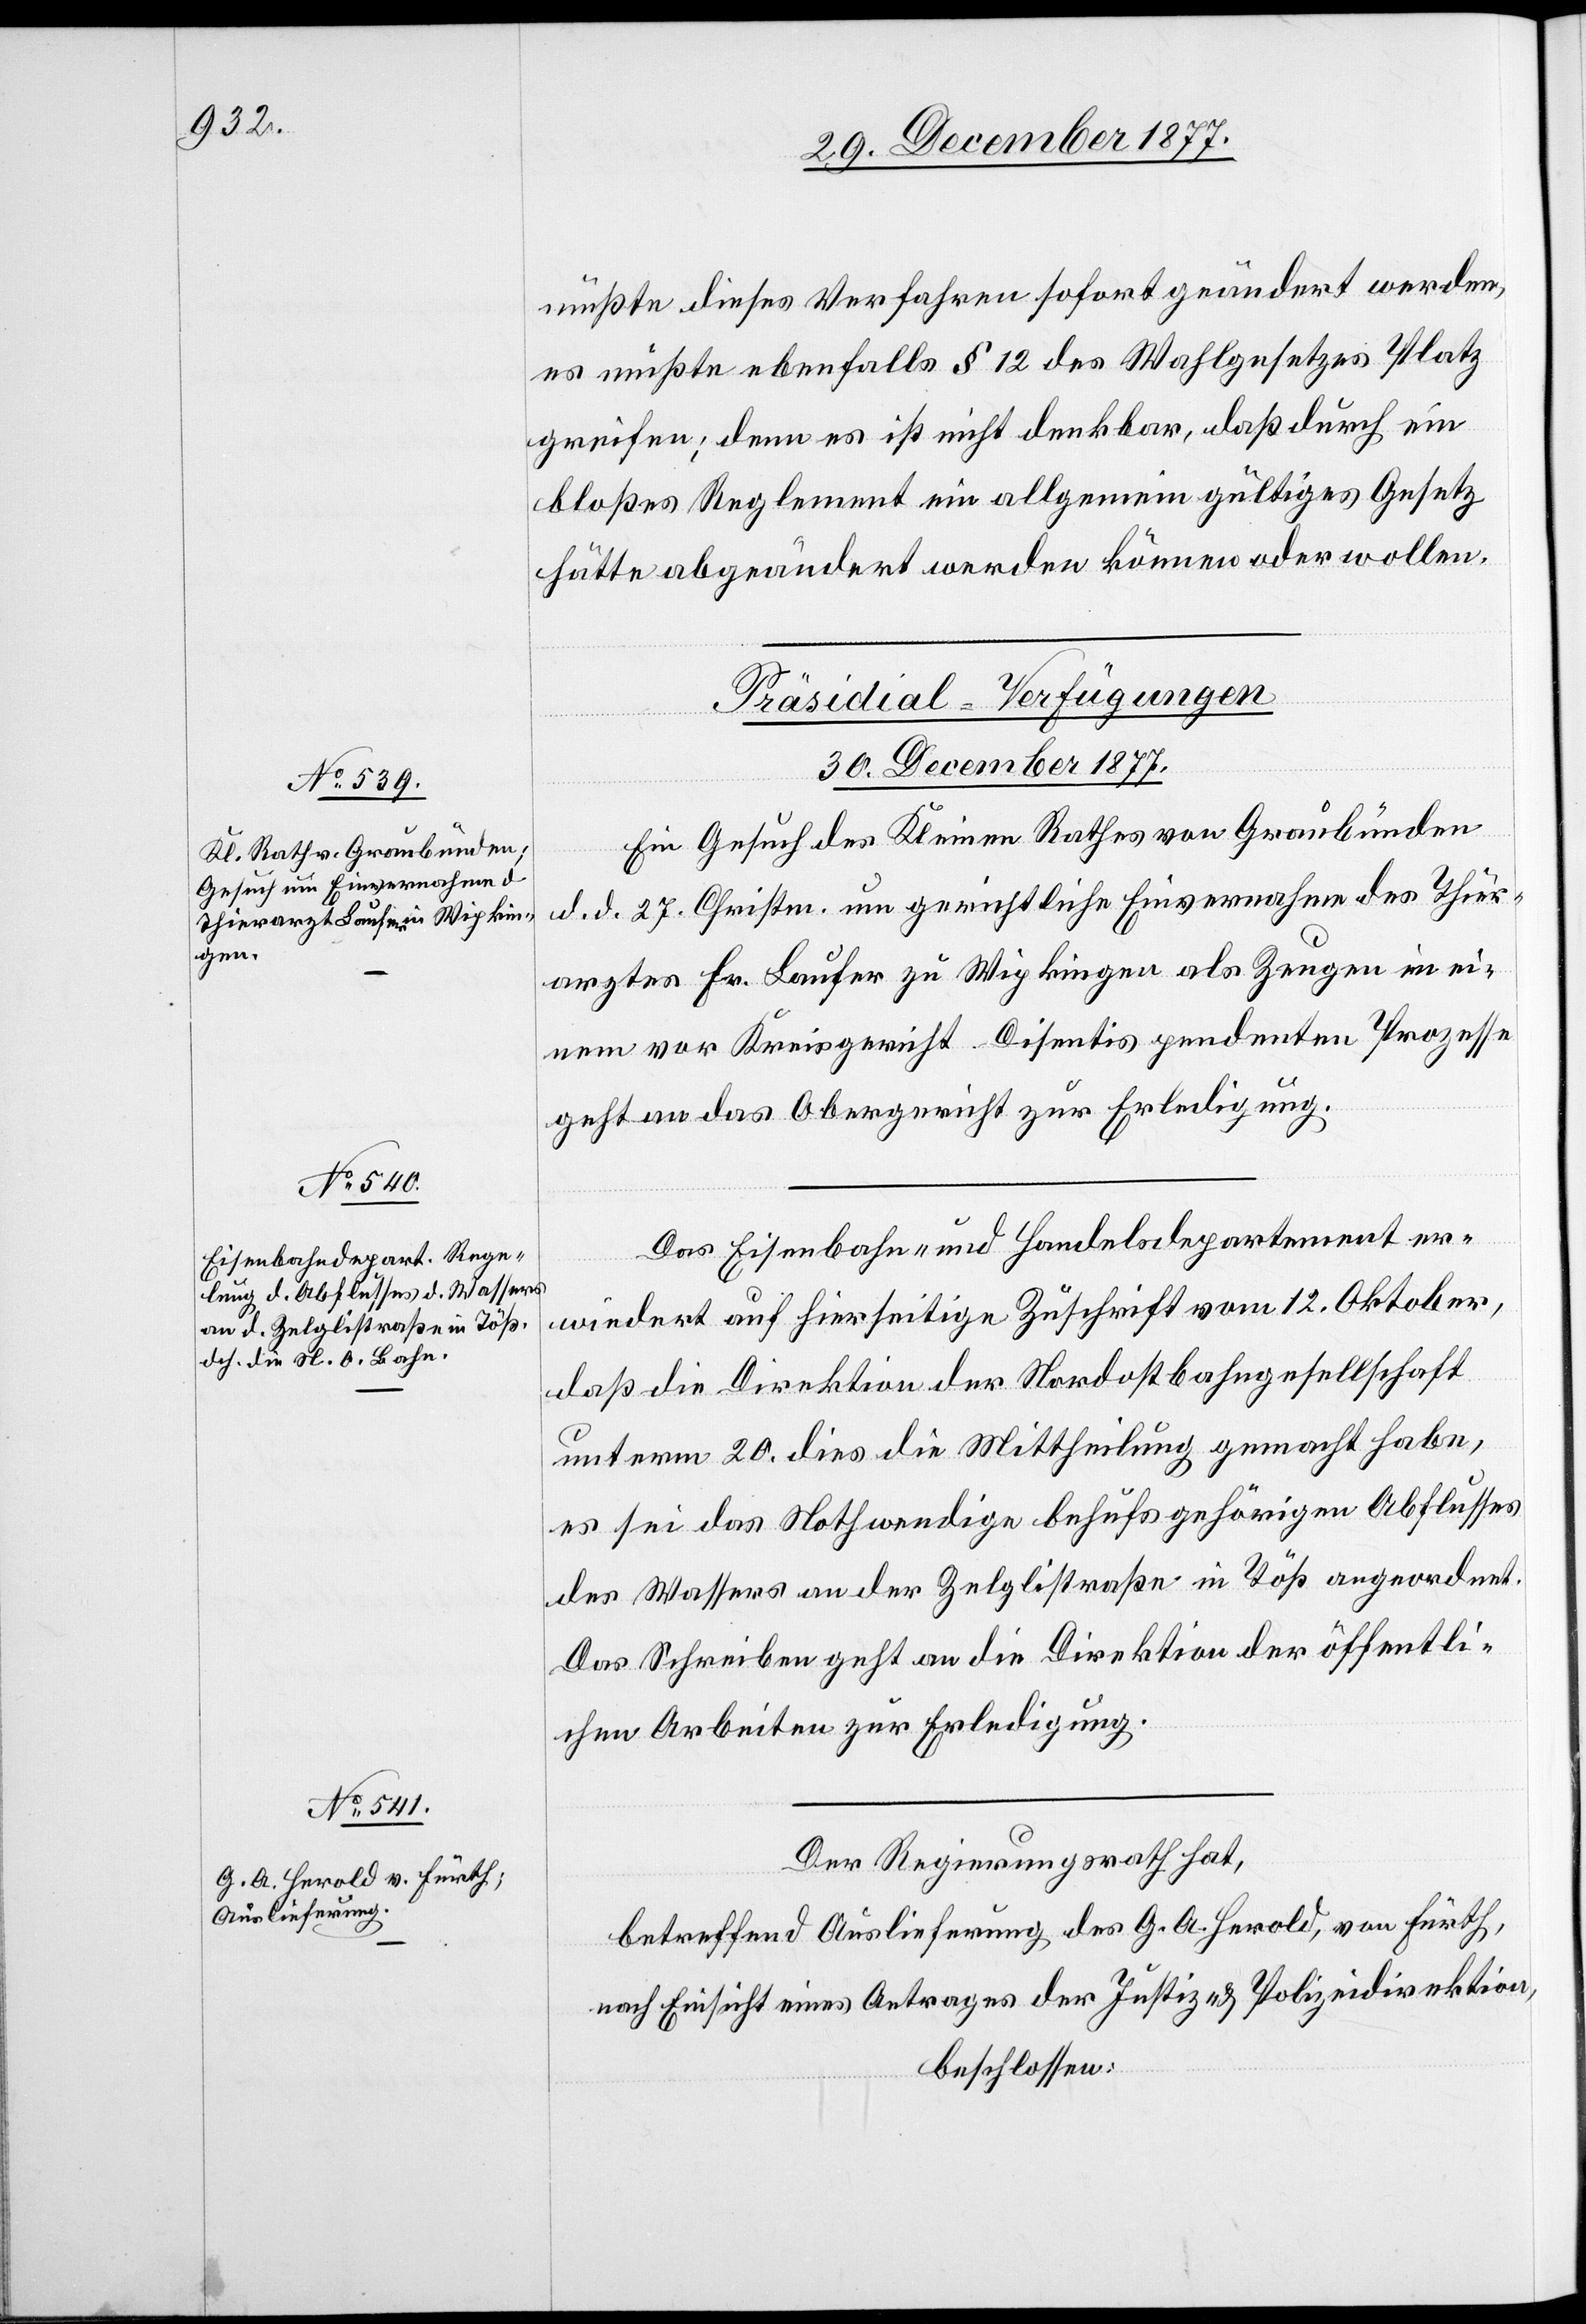
müßte dieses Verfahren sofort geändert werden,
es müßte ebenfalls § 12 des Wahlgesetzes Platz
greifen; denn es ist nicht denkbar, daß durch ein
bloßes Reglement ein allgemein gültiges Gesetz
hätte abgeändert werden können oder wollen.
[Präsidial-Verfügungen
30. December 1877.]
Ein Gesuch des Kleinen Rathes von Graubünden
d. d. 27. Christm. um gerichtliche Einvernahme des Thier¬
arztes Fr. Laufer zu Wipkingen als Zeugen in ei¬
nem vor Kreisgericht Disentis pendenten Prozesse
geht an das Obergericht zur Erledigung.
Das Eisenbahn- und Handelsdepartement er¬
wiedert auf hierseitige Zuschrift vom 12. Oktober,
daß die Direktion der Nordostbahngesellschaft
unterm 20. dies die Mittheilung gemacht habe,
es sei das Nothwendige behufs gehörigen Abflusses
des Wassers an der Zelglistraße in Töß angeordnet.
Das Schreiben geht an die Direktion der öffentli¬
chen Arbeiten zur Erledigung.
Der Regierungsrath hat,
betreffend Auslieferung des G. A. Herold, von Fürth,
nach Einsicht eines Antrages der Justiz- & Polizeidirektion,
beschlossen: